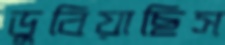
ডুবিয়াছিস